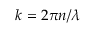
k = 2 \pi n / \lambda